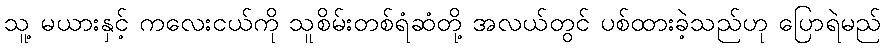
သူ့ မယားနှင့် ကလေးငယ်ကို သူစိမ်းတစ်ရံဆံတို့ အလယ်တွင် ပစ်ထားခဲ့သည်ဟု ပြောရဲမည်